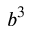
b ^ { 3 }